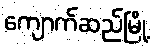
ကျောက်ဆည်မြို့